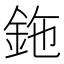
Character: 鉇